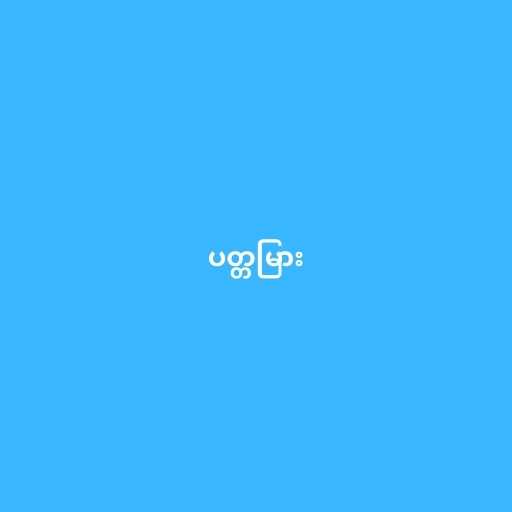
ပတ္တမြား